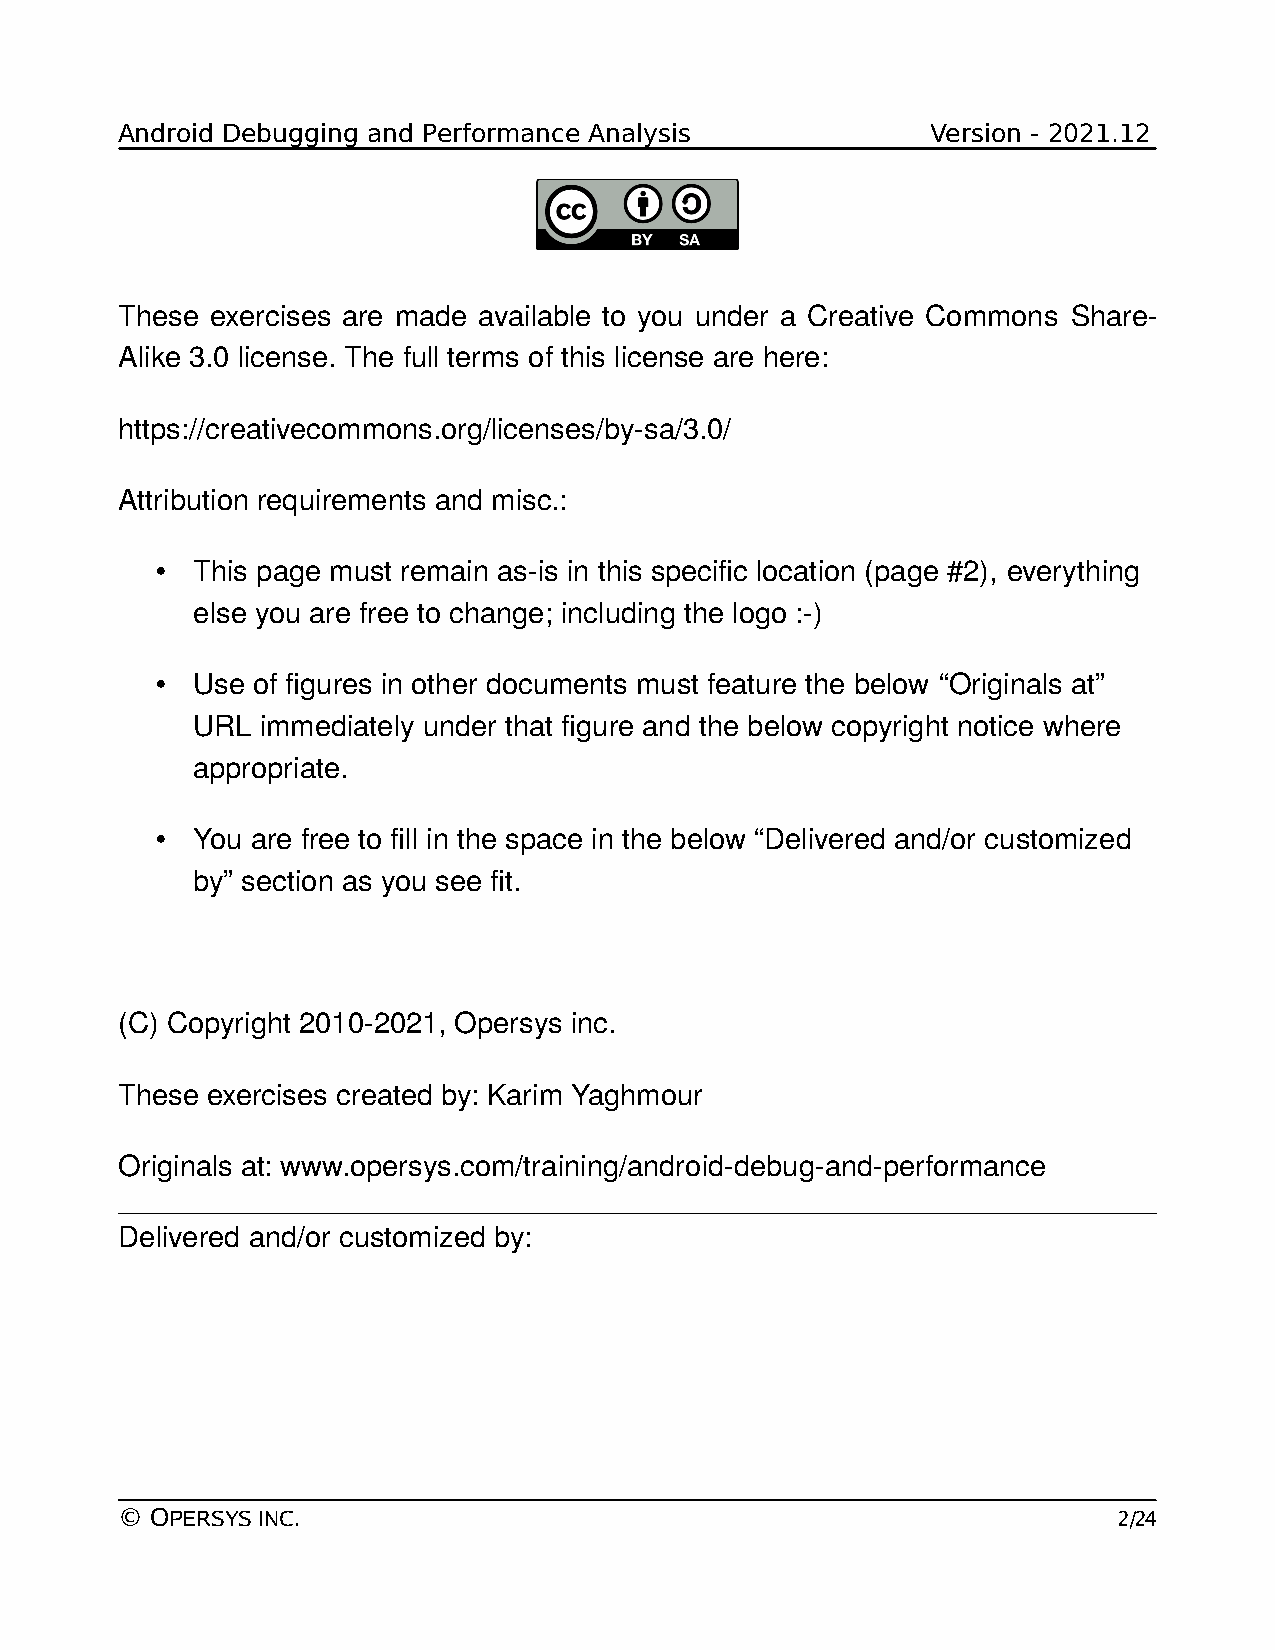
Android Debugging and Performance Analysis            Version - 2021.12
 These exercises are made available to you under a Creative Commons Share-
 Alike 3.0 license. The full terms of this license are here:
 https://creativecommons.org/licenses/by-sa/3.0/
 Attribution requirements and misc.:
 •  This page must remain as-is in this specific location (page #2), everything
 else you are free to change; including the logo :-)
 •  Use of figures in other documents must feature the below “Originals at”
 URL immediately under that figure and the below copyright notice where
 appropriate.
 •  You are free to fill in the space in the below “Delivered and/or customized
 by” section as you see fit.
 (C) Copyright 2010-2021, Opersys inc.
 These exercises created by: Karim Yaghmour
 Originals at: www.opersys.com/training/android-debug-and-performance
 Delivered and/or customized by:
 © OPERSYS INC.                                                    2/24